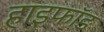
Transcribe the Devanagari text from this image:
हाइफॉङ